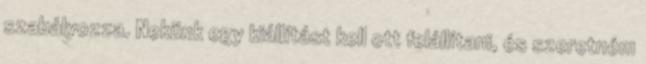
szabályozza. Nekünk egy kiállítást kell ott felállítani, és szeretném